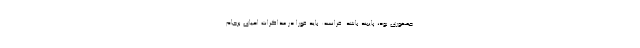
جمهوری بود، پایبند باشد. فرانسه: باید فورا در مذاکرات احیای برجام